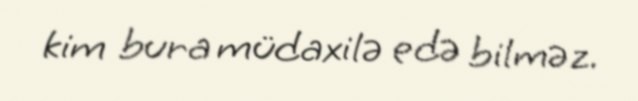
kim bura müdaxilə edə bilməz.